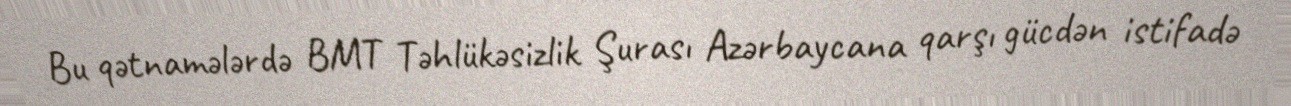
Bu qətnamələrdə BMT Təhlükəsizlik Şurası Azərbaycana qarşı gücdən istifadə